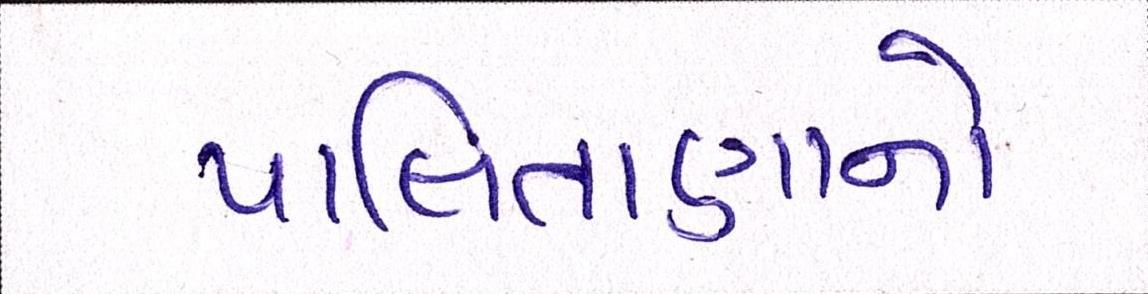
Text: પાલિતાણાનો